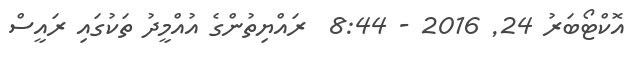
އޮކްޓޯބަރު 24